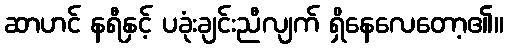
ဆာဟင် နရီနှင့် ပခုံးချင်းညီလျက် ရှိနေလေတော့၏။